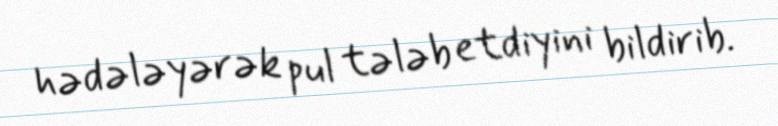
hədələyərək pul tələb etdiyini bildirib.